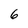
Character: 6